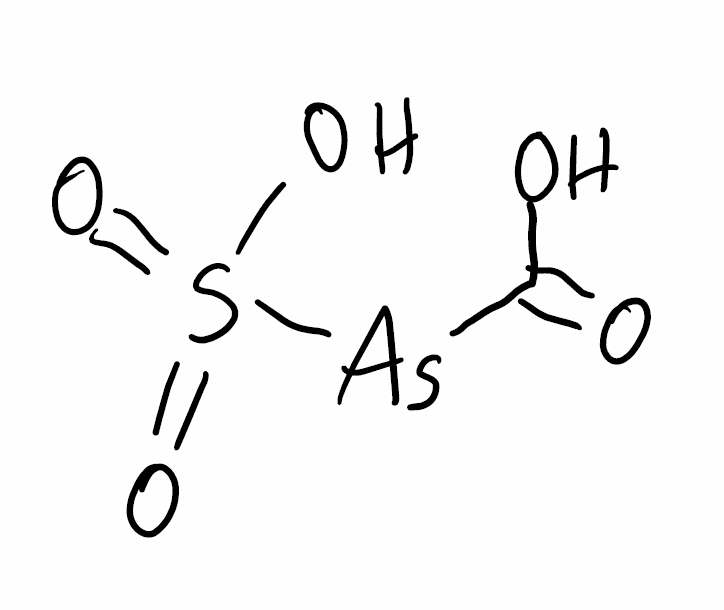
Simplified molecular-input line-entry system (SMILES) notation of the given molecule:
C(=O)(O)[As]S(=O)(=O)O